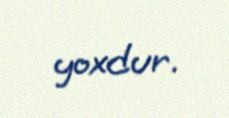
yoxdur.